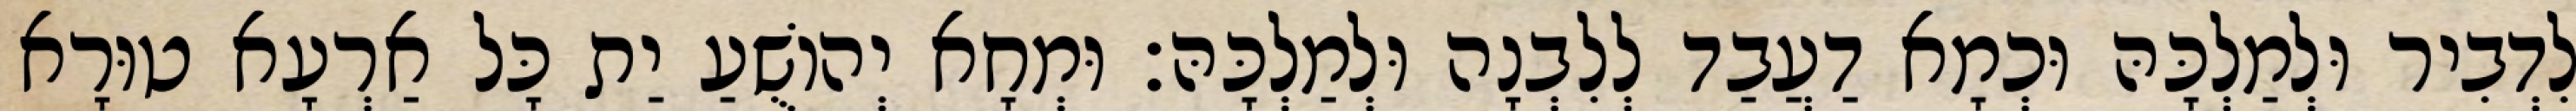
לִדְבִיר וּלְמַלְכָּהּ וּכְמָא דַעֲבַד לְלִבְנָה וּלְמַלְכָּהּ׃ וּמְחָא יְהוֹשֻׁעַ יַת כָּל אַרְעָא טוּרָא